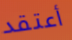
أعتقد